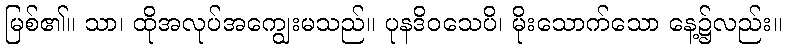
မြစ်၏။ သာ၊ ထိုအလုပ်အကျွေးမသည်။ ပုနဒိဝသေပိ၊ မိုးသောက်သော နေ့၌လည်း။